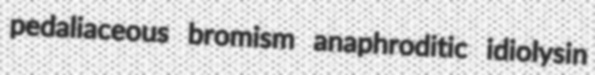
pedaliaceous bromism anaphroditic idiolysin